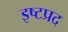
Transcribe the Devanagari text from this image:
इष्टप्रद